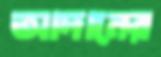
আদানের